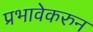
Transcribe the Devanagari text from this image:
प्रभावेकरुन